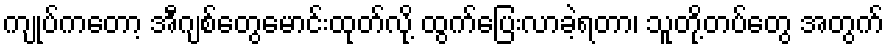
ကျုပ်ကတော့ အီဂျစ်တွေမောင်းထုတ်လို့ ထွက်ပြေးလာခဲ့ရတာ၊ သူတို့တပ်တွေ အတွက်